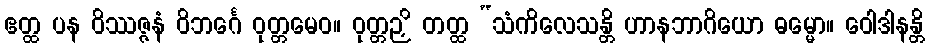
ဧတ္ထ ပန ဝိဿဇ္ဇနံ ဝိဘင်္ဂေ ဝုတ္တမေဝ။ ဝုတ္တဉှိ တတ္ထ “သံကိလေသန္တိ ဟာနဘာဂိယော ဓမ္မော။ ဝေါဒါနန္တိ